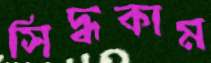
সিদ্ধকাম